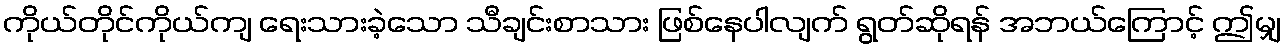
ကိုယ်တိုင်ကိုယ်ကျ ရေးသားခဲ့သော သီချင်းစာသား ဖြစ်နေပါလျက် ရွတ်ဆိုရန် အဘယ်ကြောင့် ဤမျှ